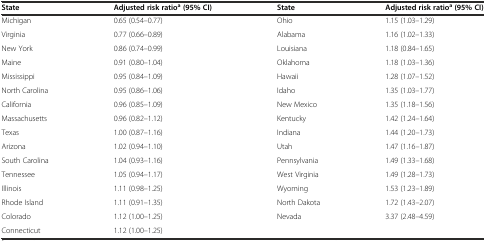
<table><thead><tr><td><b>State</b></td><td><b>Adjusted risk ratio<sup>a</sup>(95% CI)</b></td><td><b>State</b></td><td><b>Adjusted risk ratio<sup>a</sup>(95% CI)</b></td></tr></thead><tbody><tr><td>Michigan</td><td>0.65 (0.54–0.77)</td><td>Ohio</td><td>1.15 (1.03–1.29)</td></tr><tr><td>Virginia</td><td>0.77 (0.66–0.89)</td><td>Alabama</td><td>1.16 (1.02–1.33)</td></tr><tr><td>New York</td><td>0.86 (0.74–0.99)</td><td>Louisiana</td><td>1.18 (0.84–1.65)</td></tr><tr><td>Maine</td><td>0.91 (0.80–1.04)</td><td>Oklahoma</td><td>1.18 (1.03–1.36)</td></tr><tr><td>Mississippi</td><td>0.95 (0.84–1.09)</td><td>Hawaii</td><td>1.28 (1.07–1.52)</td></tr><tr><td>North Carolina</td><td>0.95 (0.86–1.06)</td><td>Idaho</td><td>1.35 (1.03–1.77)</td></tr><tr><td>California</td><td>0.96 (0.85–1.09)</td><td>New Mexico</td><td>1.35 (1.18–1.56)</td></tr><tr><td>Massachusetts</td><td>0.96 (0.82–1.12)</td><td>Kentucky</td><td>1.42 (1.24–1.64)</td></tr><tr><td>Texas</td><td>1.00 (0.87–1.16)</td><td>Indiana</td><td>1.44 (1.20–1.73)</td></tr><tr><td>Arizona</td><td>1.02 (0.94–1.10)</td><td>Utah</td><td>1.47 (1.16–1.87)</td></tr><tr><td>South Carolina</td><td>1.04 (0.93–1.16)</td><td>Pennsylvania</td><td>1.49 (1.33–1.68)</td></tr><tr><td>Tennessee</td><td>1.05 (0.94–1.17)</td><td>West Virginia</td><td>1.49 (1.28–1.73)</td></tr><tr><td>Illinois</td><td>1.11 (0.98–1.25)</td><td>Wyoming</td><td>1.53 (1.23–1.89)</td></tr><tr><td>Rhode Island</td><td>1.11 (0.91–1.35)</td><td>North Dakota</td><td>1.72 (1.43–2.07)</td></tr><tr><td>Colorado</td><td>1.12 (1.00–1.25)</td><td>Nevada</td><td>3.37 (2.48–4.59)</td></tr><tr><td>Connecticut</td><td>1.12 (1.00–1.25)</td><td></td><td></td></tr></tbody></table>